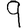
Digit: 9